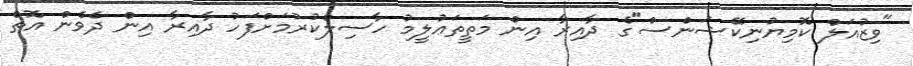
"ވިޒުއަލް ކޮމިޔުނިކޭޝަންސް"ގެ ދާއިރާ އިން މަތީތަޢުލީމު ހާސިލްކުުރުމަށްފަހު ދާއިރާ އިން ދެވެން އޮތް